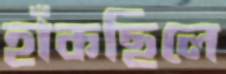
হাঁকছিলে